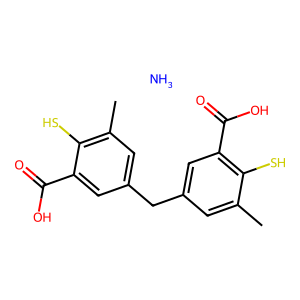
SMILES: Cc1cc(Cc2cc(C)c(S)c(C(=O)O)c2)cc(C(=O)O)c1S.N
Inhibits HIV replication: Yes